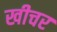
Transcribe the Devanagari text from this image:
खीचर